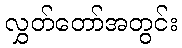
လွှတ်တော်အတွင်း